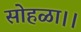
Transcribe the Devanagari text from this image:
सोहळा।।